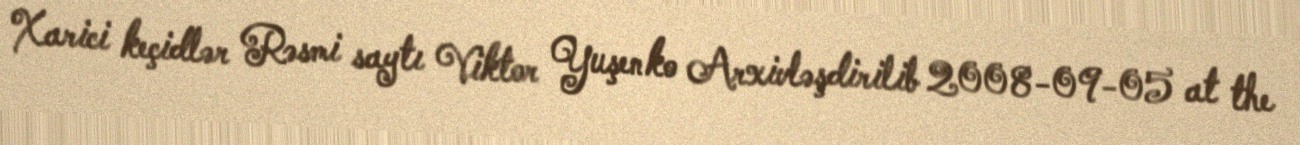
Xarici keçidlər Rəsmi saytı Viktor Yuşenko Arxivləşdirilib 2008-09-05 at the